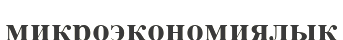
микроэкономиялық